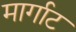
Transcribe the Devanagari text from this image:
मार्गाट